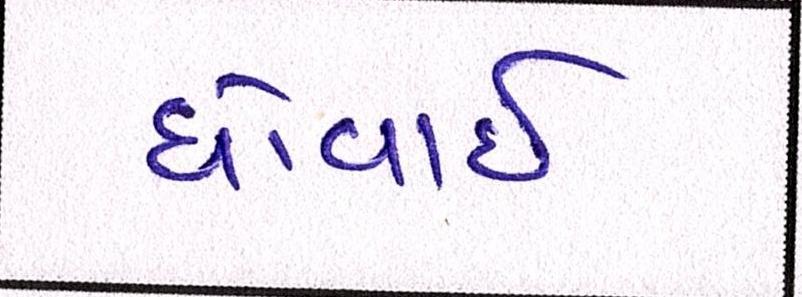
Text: ધોવાઇ